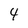
Character: 4